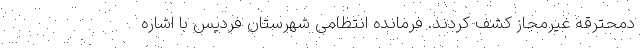
دمحترقه غیرمجاز کشف کردند. فرمانده انتظامی شهرستان فردیس با اشاره